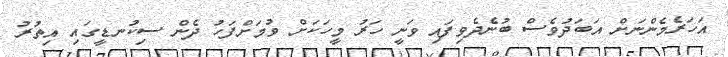
އަހަރެމެންނަށް އަބަދުވެސް ބުނެދެވިފައި ވަނީ ހަރު މީހަކަށް ވުމަށްފަހު ދެން ސިކުނޑީގައި އިތުރު